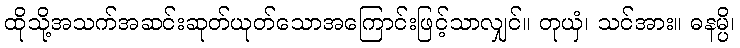
ထိုသို့အသက်အဆင်းဆုတ်ယုတ်သောအကြောင်းဖြင့်သာလျှင်။ တုယှံ၊ သင်အား။ ဓနမ္ပိ၊